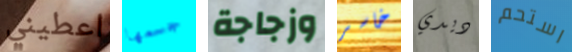
اعطيني جسمها وزجاجة خاسر ديدي استحم